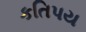
કતિપય